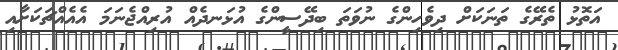
އަތޮޅު ތެރޭގެ ތަނަކަށް ދިވެހިންގެ ނުވަތަ ބިދޭސީންގެ އުޅަނދެއް އުރިއްޖެނަމަ އެއެއްޗަކަށާއި